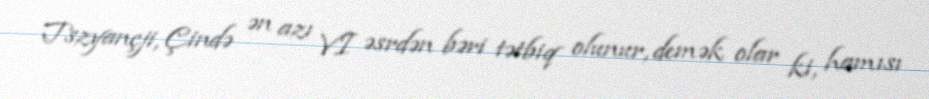
Tszyançji, Çində ən azı VI əsrdən bəri tətbiq olunur, demək olar ki, hamısı